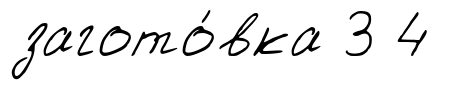
загото́вка 3 4